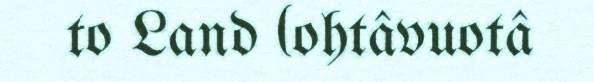
to Land (ohtâvuotâ